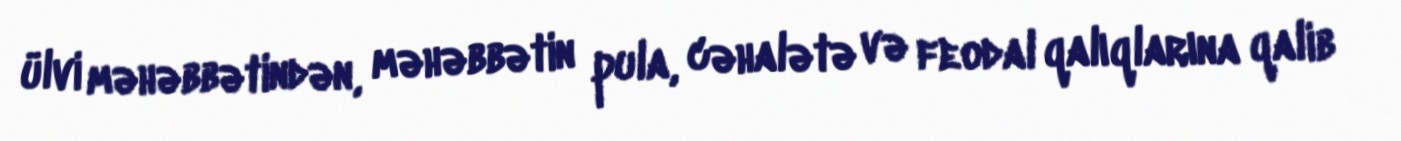
ülvi məhəbbətindən, məhəbbətin pula, cəhalətə və feodal qalıqlarına qalib